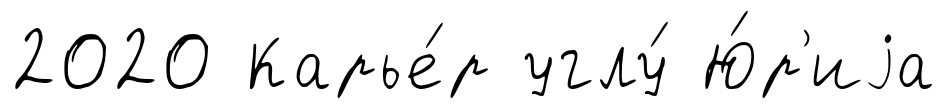
2020 Карье́р углу́ Ю́р'иjа